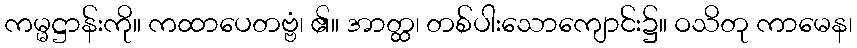
ကမ္မဋ္ဌာန်းကို။ ကထာပေတဗ္ဗံ၊ ၏။ အာတ္ထ၊ တစ်ပါးသောကျောင်း၌။ ဝသိတု ကာမေန၊